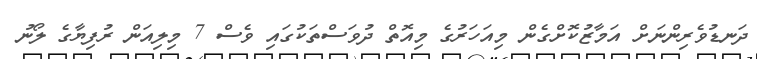
ދަނޑުވެރިންނަށް އަމާޒުކޮށްގެން މިއަހަރުގެ މިއޮތް ދުވަސްތަކުގައި ވެސް 7 މިލިއަން ރުފިޔާގެ ލޯނު